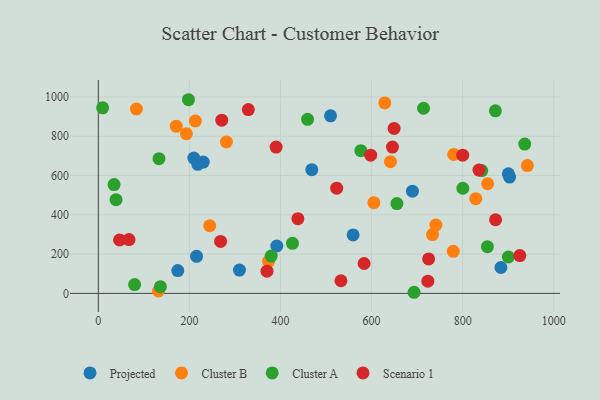
{"axis": {"x": "Engine Size", "y": "Sales"}, "legend": ["Cluster A", "Cluster B", "Projected", "Scenario 1"], "data": [{"x": "509.8", "y": 904.0, "type": "Projected"}, {"x": "230.4", "y": 668.6, "type": "Projected"}, {"x": "902.9", "y": 592.2, "type": "Projected"}, {"x": "174.4", "y": 116.0, "type": "Projected"}, {"x": "391.8", "y": 241.3, "type": "Projected"}, {"x": "900.2", "y": 608.5, "type": "Projected"}, {"x": "883.9", "y": 131.8, "type": "Projected"}, {"x": "209.7", "y": 688.7, "type": "Projected"}, {"x": "215.6", "y": 188.7, "type": "Projected"}, {"x": "468.7", "y": 629.7, "type": "Projected"}, {"x": "218.4", "y": 657.2, "type": "Projected"}, {"x": "309.8", "y": 118.6, "type": "Projected"}, {"x": "559.4", "y": 297.9, "type": "Projected"}, {"x": "689.6", "y": 520.3, "type": "Projected"}, {"x": "605.0", "y": 461.7, "type": "Cluster B"}, {"x": "132.1", "y": 12.2, "type": "Cluster B"}, {"x": "83.6", "y": 938.7, "type": "Cluster B"}, {"x": "244.6", "y": 344.5, "type": "Cluster B"}, {"x": "629.0", "y": 969.9, "type": "Cluster B"}, {"x": "193.3", "y": 812.9, "type": "Cluster B"}, {"x": "780.3", "y": 707.6, "type": "Cluster B"}, {"x": "733.7", "y": 299.7, "type": "Cluster B"}, {"x": "854.7", "y": 558.3, "type": "Cluster B"}, {"x": "828.7", "y": 482.0, "type": "Cluster B"}, {"x": "213.1", "y": 877.6, "type": "Cluster B"}, {"x": "281.2", "y": 770.7, "type": "Cluster B"}, {"x": "741.1", "y": 348.1, "type": "Cluster B"}, {"x": "942.0", "y": 650.9, "type": "Cluster B"}, {"x": "373.7", "y": 163.3, "type": "Cluster B"}, {"x": "641.4", "y": 670.4, "type": "Cluster B"}, {"x": "779.3", "y": 214.3, "type": "Cluster B"}, {"x": "171.1", "y": 851.1, "type": "Cluster B"}, {"x": "38.9", "y": 477.0, "type": "Cluster A"}, {"x": "133.1", "y": 685.7, "type": "Cluster A"}, {"x": "426.3", "y": 255.0, "type": "Cluster A"}, {"x": "841.8", "y": 625.2, "type": "Cluster A"}, {"x": "459.4", "y": 886.3, "type": "Cluster A"}, {"x": "871.8", "y": 929.5, "type": "Cluster A"}, {"x": "576.4", "y": 726.7, "type": "Cluster A"}, {"x": "9.4", "y": 944.7, "type": "Cluster A"}, {"x": "800.3", "y": 535.2, "type": "Cluster A"}, {"x": "900.2", "y": 185.4, "type": "Cluster A"}, {"x": "714.0", "y": 942.7, "type": "Cluster A"}, {"x": "693.2", "y": 5.7, "type": "Cluster A"}, {"x": "136.3", "y": 34.2, "type": "Cluster A"}, {"x": "655.6", "y": 457.2, "type": "Cluster A"}, {"x": "854.2", "y": 237.7, "type": "Cluster A"}, {"x": "34.5", "y": 554.1, "type": "Cluster A"}, {"x": "79.6", "y": 45.1, "type": "Cluster A"}, {"x": "936.2", "y": 760.4, "type": "Cluster A"}, {"x": "197.9", "y": 986.0, "type": "Cluster A"}, {"x": "379.5", "y": 190.1, "type": "Cluster A"}, {"x": "583.5", "y": 152.1, "type": "Scenario 1"}, {"x": "438.1", "y": 380.2, "type": "Scenario 1"}, {"x": "598.0", "y": 703.7, "type": "Scenario 1"}, {"x": "925.4", "y": 192.7, "type": "Scenario 1"}, {"x": "532.7", "y": 64.4, "type": "Scenario 1"}, {"x": "649.4", "y": 839.8, "type": "Scenario 1"}, {"x": "46.5", "y": 272.3, "type": "Scenario 1"}, {"x": "835.7", "y": 628.0, "type": "Scenario 1"}, {"x": "329.3", "y": 935.7, "type": "Scenario 1"}, {"x": "523.4", "y": 535.6, "type": "Scenario 1"}, {"x": "725.2", "y": 175.7, "type": "Scenario 1"}, {"x": "370.3", "y": 113.2, "type": "Scenario 1"}, {"x": "268.4", "y": 264.5, "type": "Scenario 1"}, {"x": "271.0", "y": 881.8, "type": "Scenario 1"}, {"x": "67.3", "y": 273.9, "type": "Scenario 1"}, {"x": "645.8", "y": 745.0, "type": "Scenario 1"}, {"x": "872.1", "y": 374.9, "type": "Scenario 1"}, {"x": "800.0", "y": 703.7, "type": "Scenario 1"}, {"x": "390.3", "y": 744.9, "type": "Scenario 1"}, {"x": "723.5", "y": 62.2, "type": "Scenario 1"}]}